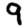
Digit: 9